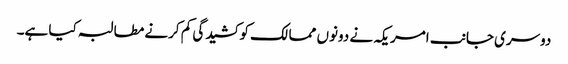
دوسری جانب امریکہ نے دونوں ممالک کو کشیدگی کم کرنے مطالبہ کیا ہے۔